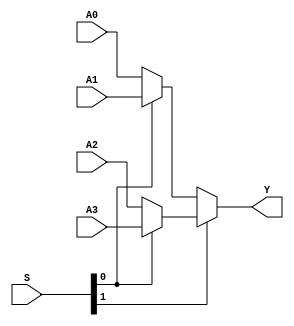
`timescale 1ns / 1ps

/// @brief 32 41
/// @param A0 132
/// @param A1 232
/// @param S  0b00A0 0b01A1 0b10A2 0b11A3
/// @param Y 32
/// @testbench MUX4T1X32_TB.v
module MUX4T1X32(
    input [31: 0] A0, 
    input [31: 0] A1, 
    input [31: 0] A2, 
    input [31: 0] A3,
    input [1: 0] S,
    output [31: 0] Y);
    assign Y = S[1] ? ( S[0] ? A3 : A2 ) : ( S[0] ? A1 : A0 );
endmodule